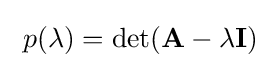
\ p(\lambda )=\det(\mathbf {A} -\lambda \mathbf {I} )